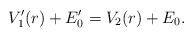
\begin{align*} V'_1(r) + E'_0 = V_2(r) + E_0. \end{align*}